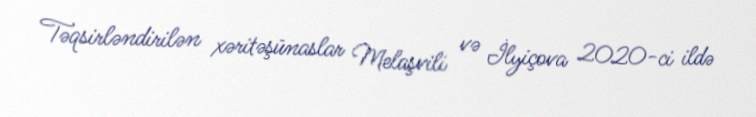
Təqsirləndirilən xəritəşünaslar Melaşvili və İlyiçova 2020-ci ildə